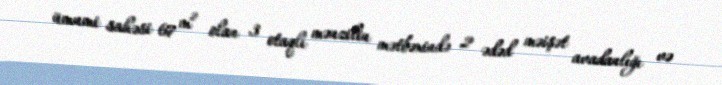
ümumi sahəsi 67 m² olan 3 otaqlı mənzilin mətbəxində 2 ədəd məişət avadanlığı və